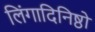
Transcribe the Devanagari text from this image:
लिंगादिनिष्ठो